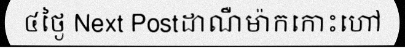
៤ថ្ងៃ Next Postដាណឺម៉ាកកោះហៅ